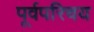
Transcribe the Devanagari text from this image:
पूर्वपरिचय